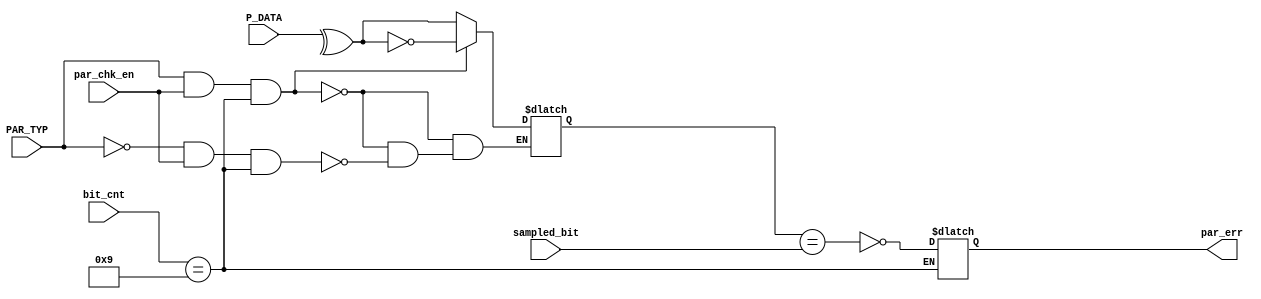
module parity_check(

input wire PAR_TYP,
input wire par_chk_en,
input wire sampled_bit,
input wire [7:0]P_DATA,
input wire [3:0]bit_cnt,

output reg par_err


);

reg par_rx;


always@(*)

begin

if(PAR_TYP && par_chk_en && bit_cnt == 9)

begin 

par_rx = ~(^P_DATA);

end 

else if (!PAR_TYP && par_chk_en && bit_cnt == 9)

begin

par_rx = (^P_DATA);

end

else 

begin 

par_rx = par_rx;

end 

end



always @(*) begin
    
if(bit_cnt == 9)

begin 

par_err = !(par_rx == sampled_bit);

end 

else 

begin 

par_err = par_err;

end 


end


endmodule